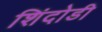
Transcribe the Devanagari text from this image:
शिंदोडी